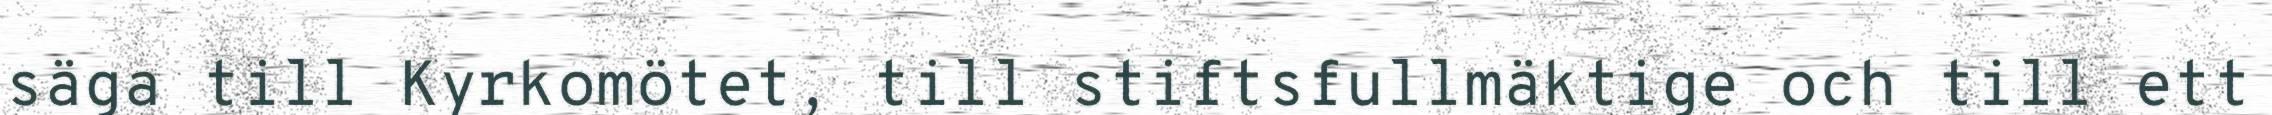
säga till Kyrkomötet, till stiftsfullmäktige och till ett